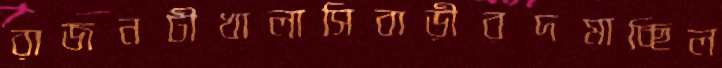
রাজনটীখালাসিবাড়ীরদমাচ্ছিল